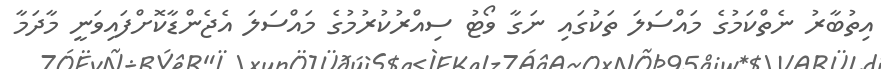
އިތުބާރު ނެތްކަމުގެ މައްސަލަ ތަކުގައި ނަގާ ވޯޓު ސިއްރުކުރުމުގެ މައްސަލަ އެޖެންޑާކޮށްފައިވަނީ މާދަމާ